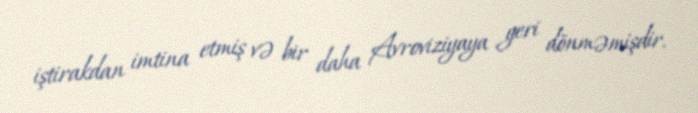
iştirakdan imtina etmiş və bir daha Avroviziyaya geri dönməmişdir.